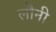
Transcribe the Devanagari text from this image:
लौनी